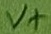
Text: V+